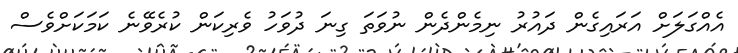
އެއްގަލަށް އަރައިގެން ދައުރު ނިމެންދެން ނުވަތަ ގިނަ ދުވަހު ވެރިކަން ކުރެވޭނެ ކަމަކަށްވެސް